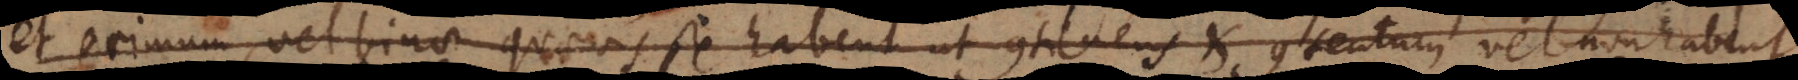
et primum, vel binae quaevis se habent ut continens et contentum vel non habent.